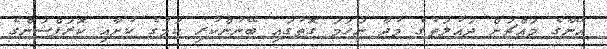
އޭނާގެ މައްޗަށް ދައުލަތުގެ މުދާ ނަހަމަ ގޮތުގައި ބޭނުންކުރި ކަމުގެ ކުށާއި ކޮރަޕްޝަންގެ